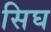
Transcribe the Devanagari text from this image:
सिघ